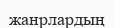
жанрлардың